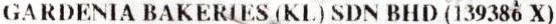
GARDENIA BAKERIES (KL) SDN BHD (139386 X)